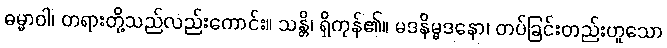
ဓမ္မာဝါ၊ တရားတို့သည်လည်းကောင်း။ သန္တိ၊ ရှိကုန်၏။ မဒနိမ္မဒနော၊ တပ်ခြင်းတည်းဟူသော